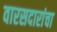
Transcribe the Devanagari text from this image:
वारसदारांचा